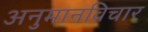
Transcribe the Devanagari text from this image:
अनुमानविचार